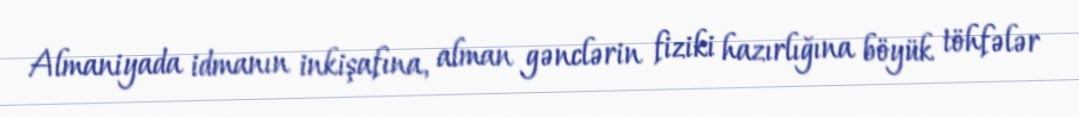
Almaniyada idmanın inkişafına, alman gənclərin fiziki hazırlığına böyük töhfələr